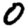
Digit: 0